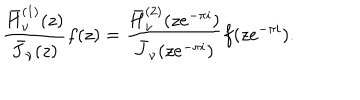
\frac { \bar { H } _ { \nu } ^ { ( 1 ) } ( z ) } { \bar { J } _ { \nu } ( z ) } f ( z ) = \frac { \bar { H } _ { \nu } ^ { ( 2 ) } ( z e ^ { - \pi i } ) } { \bar { J } _ { \nu } ( z e ^ { - \pi i } ) } f ( z e ^ { - \pi i } ) .